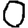
Digit: 0